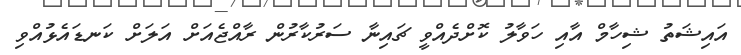
އައިޝަތު ޝިހާމް އާއި ހަވާލު ކޮށްދެއްވީ ޗައިނާ ސަރުކާރުން ރާއްޖެއަށް އަލަށް ކަނޑައެޅުއްވި